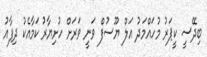
ބިދޭސީ ކީޕަރު މުހައްމަދު އަލް ޔޫސުފް ވަނީ ވަރަށް ހުށިޔާރު ކަމާއެކު ދިފާއު